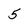
Character: 5